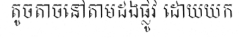
តូចតាចនៅតាមដងផ្លូវ ដោយយក